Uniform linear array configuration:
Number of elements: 8
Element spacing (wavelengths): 0.25
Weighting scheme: hann
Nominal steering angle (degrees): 0
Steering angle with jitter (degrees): -0.6072
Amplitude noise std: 0.05
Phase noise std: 0.05

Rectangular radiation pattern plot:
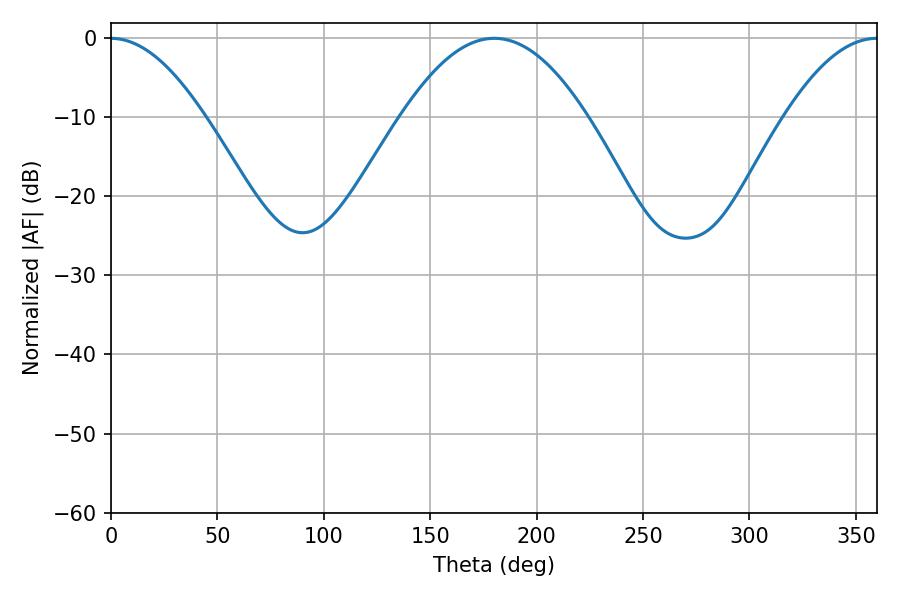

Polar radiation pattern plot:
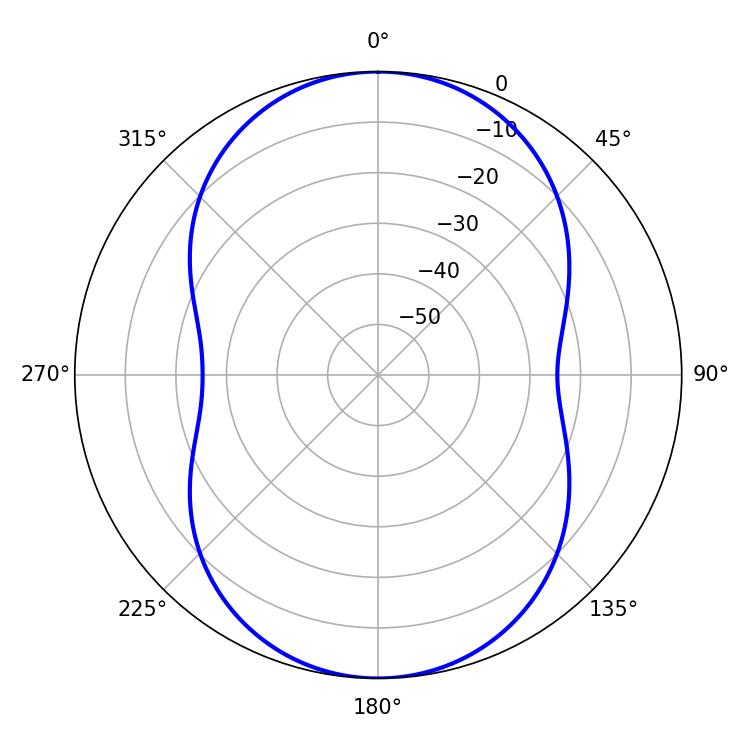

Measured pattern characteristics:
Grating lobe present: FALSE
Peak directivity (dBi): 28.772
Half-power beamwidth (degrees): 47.7
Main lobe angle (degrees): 180.18